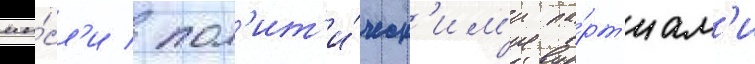
мы́сл'и / пол'ит'и́ческ'им'и па́рт'иам'и